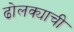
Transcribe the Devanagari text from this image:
ढोलक्याची